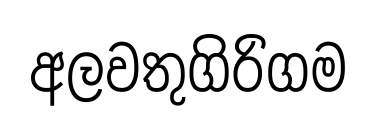
අලවතුගිරිගම